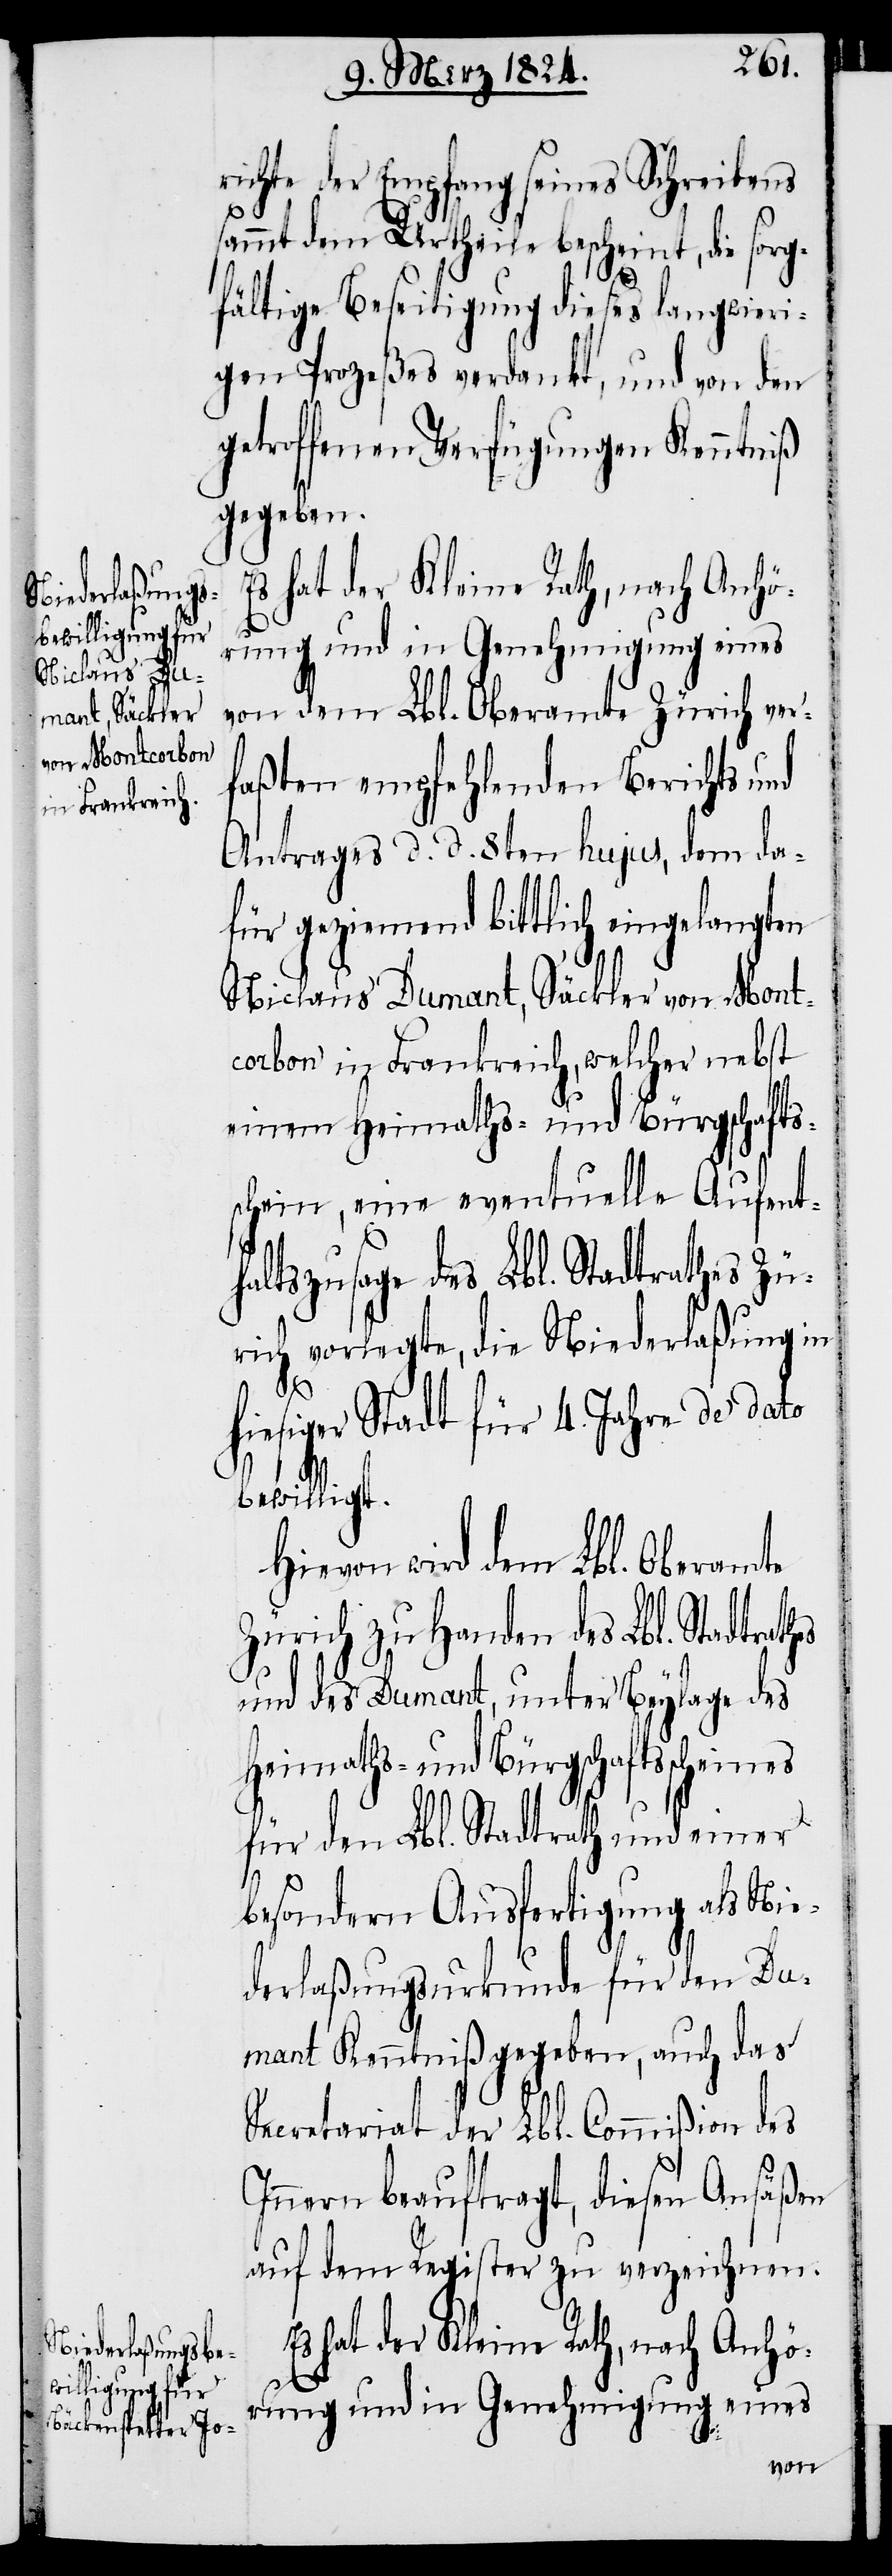
richte der Empfang seines Schreibens
sammt dem Urtheile bescheint, die sorg¬
hes
fältige Beseitigung dieses langwieri¬
gen Prozeßes verdankt, und von den
getroffenen Verfügungen Kenntniß
gegeben.
Es hat der Kleine Rath, nach Anhö¬
rung und in Genehmigung eines
von dem Lbl. Oberamte Zürich ver¬
faßten empfehlenden Berichts und
Antrages d. d. 8ten hujus, dem da¬
für geziemend bittlich eingelangten
Niclaus Dumant, Säckler von Mont¬
carbon in Frankreich, welcher nebst
einem Heimaths- und Bürgschafts¬
schein, eine eventuelle Aufenth¬
altszusage des Lbl. Stadtrathes Zü¬
rich vorlegte, die Niederlaßung in
hiesiger Stadt für 4. Jahre de dato
bewilligt.
Hievon wird dem Lbl. Oberamte
Zürich zu Handen des Lbl. Stadtrat¬
und des Dumant, unter Beylage des
Heimaths- und Bürgschaftsscheines
für den Lbl. Stadtrath und einer
besonders Ausfertigung als Nie¬
derlaßungsurkunde für den Du¬
mant Kenntniß gegeben, auch das
Secretariat der Lbl. Commißion des
Innern beauftragt, diesen Ansäßen
auf dem Register zu verzeichnen.
Es hat der Kleine Rath, nach Anhö¬
rung und in Genehmigung eines